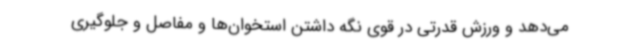
می‌دهد و ورزش قدرتی در قوی نگه‌ داشتن استخوان‌ها و مفاصل و جلوگیری